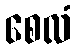
စေလံ